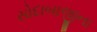
સોદાબાજીના